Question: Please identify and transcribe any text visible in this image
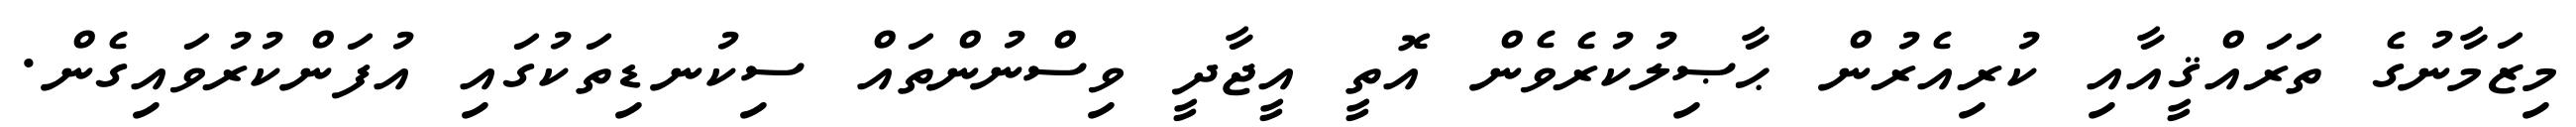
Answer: މިޒަމާނުގެ ތަރައްޤީއާއި ކުރިއެރުން ޙާޞިލުކުރެވެން އޮތީ އީޖާދީ ވިސްނުންތައް ސިކުނޑިތަކުގައި އުފަންކުރުވައިގެން.